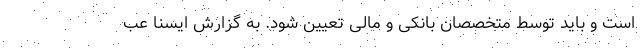
است و باید توسط متخصصان بانکی و مالی تعیین شود. به گزارش ایسنا عب